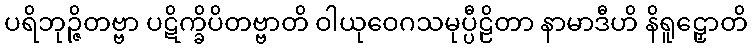
ပရိဘုဉ္ဇိတဗ္ဗာ ပဋိက္ခိပိတဗ္ဗာတိ ဝါယုဝေဂသမုပ္ပီဠိတာ နာမာဒီဟိ နိရူဠှောတိ